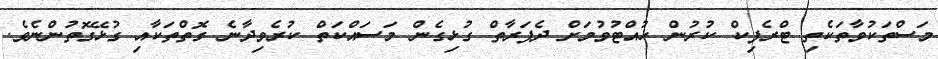
މަސްތަކުވާތަކެތި ޓްރެފިކް ކުރުން ހުއްޓުވުމަށް ދެފަރާތް ގުޅިގެން މަސައްކަތް ކުރެވިދާނެ ގޮތްތަކާއި ގުޅޭގޮތުންނެވެ.